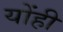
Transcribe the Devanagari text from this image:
योंही